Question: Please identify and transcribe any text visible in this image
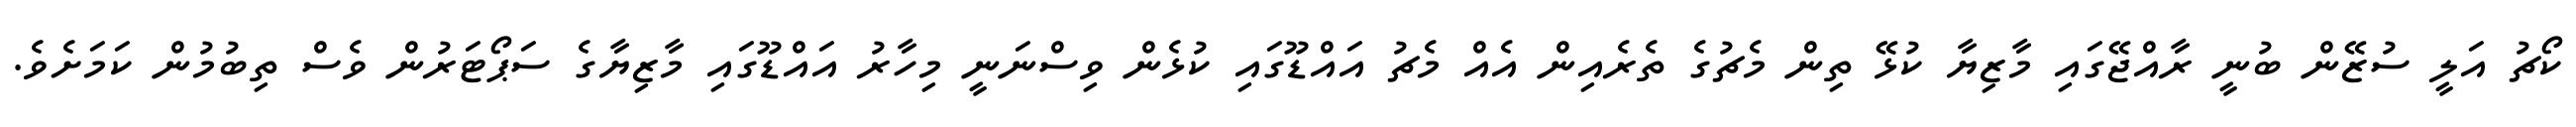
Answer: ކޯޗު އަލީ ސުޒޭން ބުނީ ރާއްޖޭގައި މާޒިޔާ ކުޅޭ ތިން މެޗުގެ ތެރެއިން އެއް މެޗު އައްޑޫގައި ކުޅެން ވިސްނަނީ މިހާރު އައްޑޫގައި މާޒިޔާގެ ސަޕޯޓަރުން ވެސް ތިބުމުން ކަމަށެވެ.